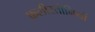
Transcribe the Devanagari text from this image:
फ़लीस्तीनियों